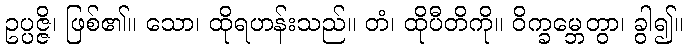
ဥပ္ပဇ္ဇိ၊ ဖြစ်၏။ သော၊ ထိုရဟန်းသည်။ တံ၊ ထိုပီတိကို။ ဝိက္ခမ္ဘေတွာ၊ ခွါ၍။